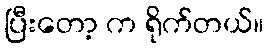
ပြီးတော့ က ရိုက်တယ်။